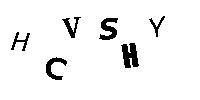
HCVSHY